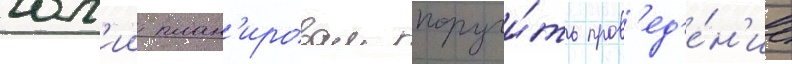
юл'ии план'ировал поручи́ть пров'ед'е́н'ие